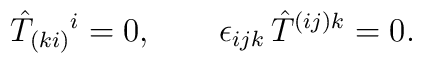
\hat{T}_{(ki)}{}^{i}=0,\qquad \epsilon _{ijk}\,\hat{T}^{(ij)k}=0.